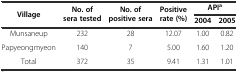
| <ROWSPAN=2> Village | <ROWSPAN=2> No. of sera tested | <ROWSPAN=2> No. of positive sera | <ROWSPAN=2> Positive rate (%) | <COLSPAN=2> APIa |
 | 2004 | 2005 |
 | --- | --- | --- | --- | --- | --- |
 | Munsaneup | 232 | 28 | 12.07 | 1.00 | 0.82 |
 | Papyeongmyeon | 140 | 7 | 5.00 | 1.60 | 1.20 |
 | Total | 372 | 35 | 9.41 | 1.31 | 1.01 |